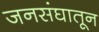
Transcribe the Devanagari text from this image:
जनसंघातून